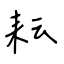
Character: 耘